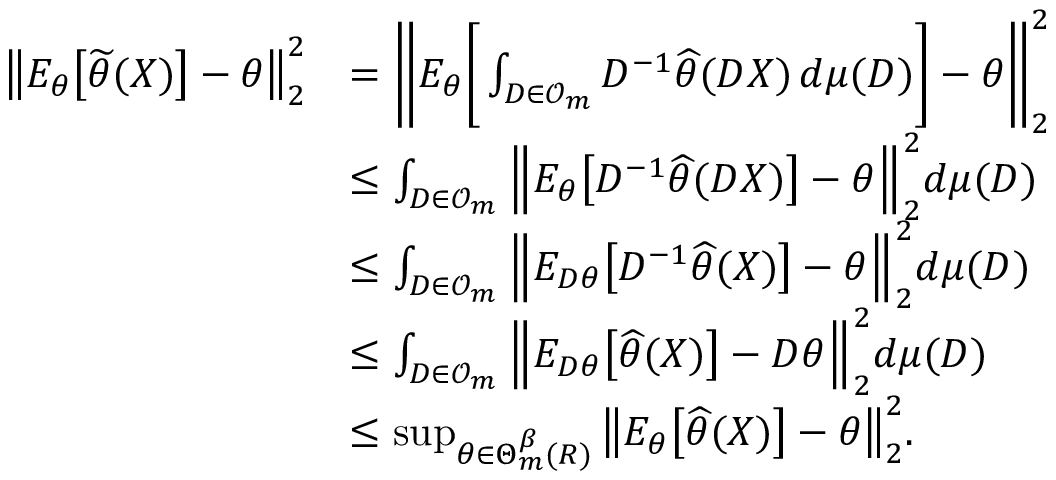
\begin{array} { r l } { \big \| E _ { \theta } \big [ \widetilde \theta ( X ) \big ] - \theta \big \| _ { 2 } ^ { 2 } } & { = \bigg \| E _ { \theta } \bigg [ \int _ { D \in \mathcal { O } _ { m } } D ^ { - 1 } \widehat \theta ( D X ) \, d \mu ( D ) \bigg ] - \theta \bigg \| _ { 2 } ^ { 2 } } \\ & { \leq \int _ { D \in \mathcal { O } _ { m } } \Big \| E _ { \theta } \big [ D ^ { - 1 } \widehat \theta ( D X ) \big ] - \theta \Big \| _ { 2 } ^ { 2 } d \mu ( D ) } \\ & { \leq \int _ { D \in \mathcal { O } _ { m } } \Big \| E _ { D \theta } \big [ D ^ { - 1 } \widehat \theta ( X ) \big ] - \theta \Big \| _ { 2 } ^ { 2 } d \mu ( D ) } \\ & { \leq \int _ { D \in \mathcal { O } _ { m } } \Big \| E _ { D \theta } \big [ \widehat \theta ( X ) \big ] - D \theta \Big \| _ { 2 } ^ { 2 } d \mu ( D ) } \\ & { \leq \operatorname* { s u p } _ { \theta \in \Theta _ { m } ^ { \beta } ( R ) } \big \| E _ { \theta } \big [ \widehat \theta ( X ) \big ] - \theta \big \| _ { 2 } ^ { 2 } . } \end{array}